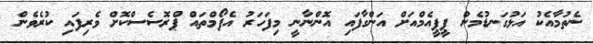
ނެތުމާއެކު އަޅުގަނޑުމެން ޕީޕީއެމްއަށް އަންގާފައި އޮންނާނީ މިފަހަރު އެފޯމްތައް ޕްރޮސެސްކޮށް ވެރިފައި ކުރެވެން